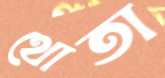
থোতা